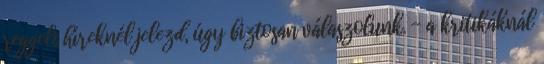
reggeli híreknél jelezd, úgy biztosan válaszolunk. - a kritikáknál